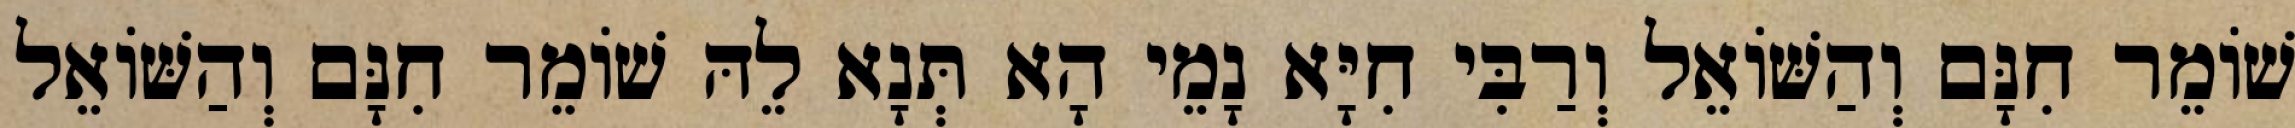
שׁוֹמֵר חִנָּם וְהַשּׁוֹאֵל וְרַבִּי חִיָּא נָמֵי הָא תְּנָא לֵהּ שׁוֹמֵר חִנָּם וְהַשּׁוֹאֵל